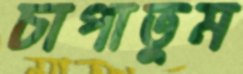
চাপাতুম